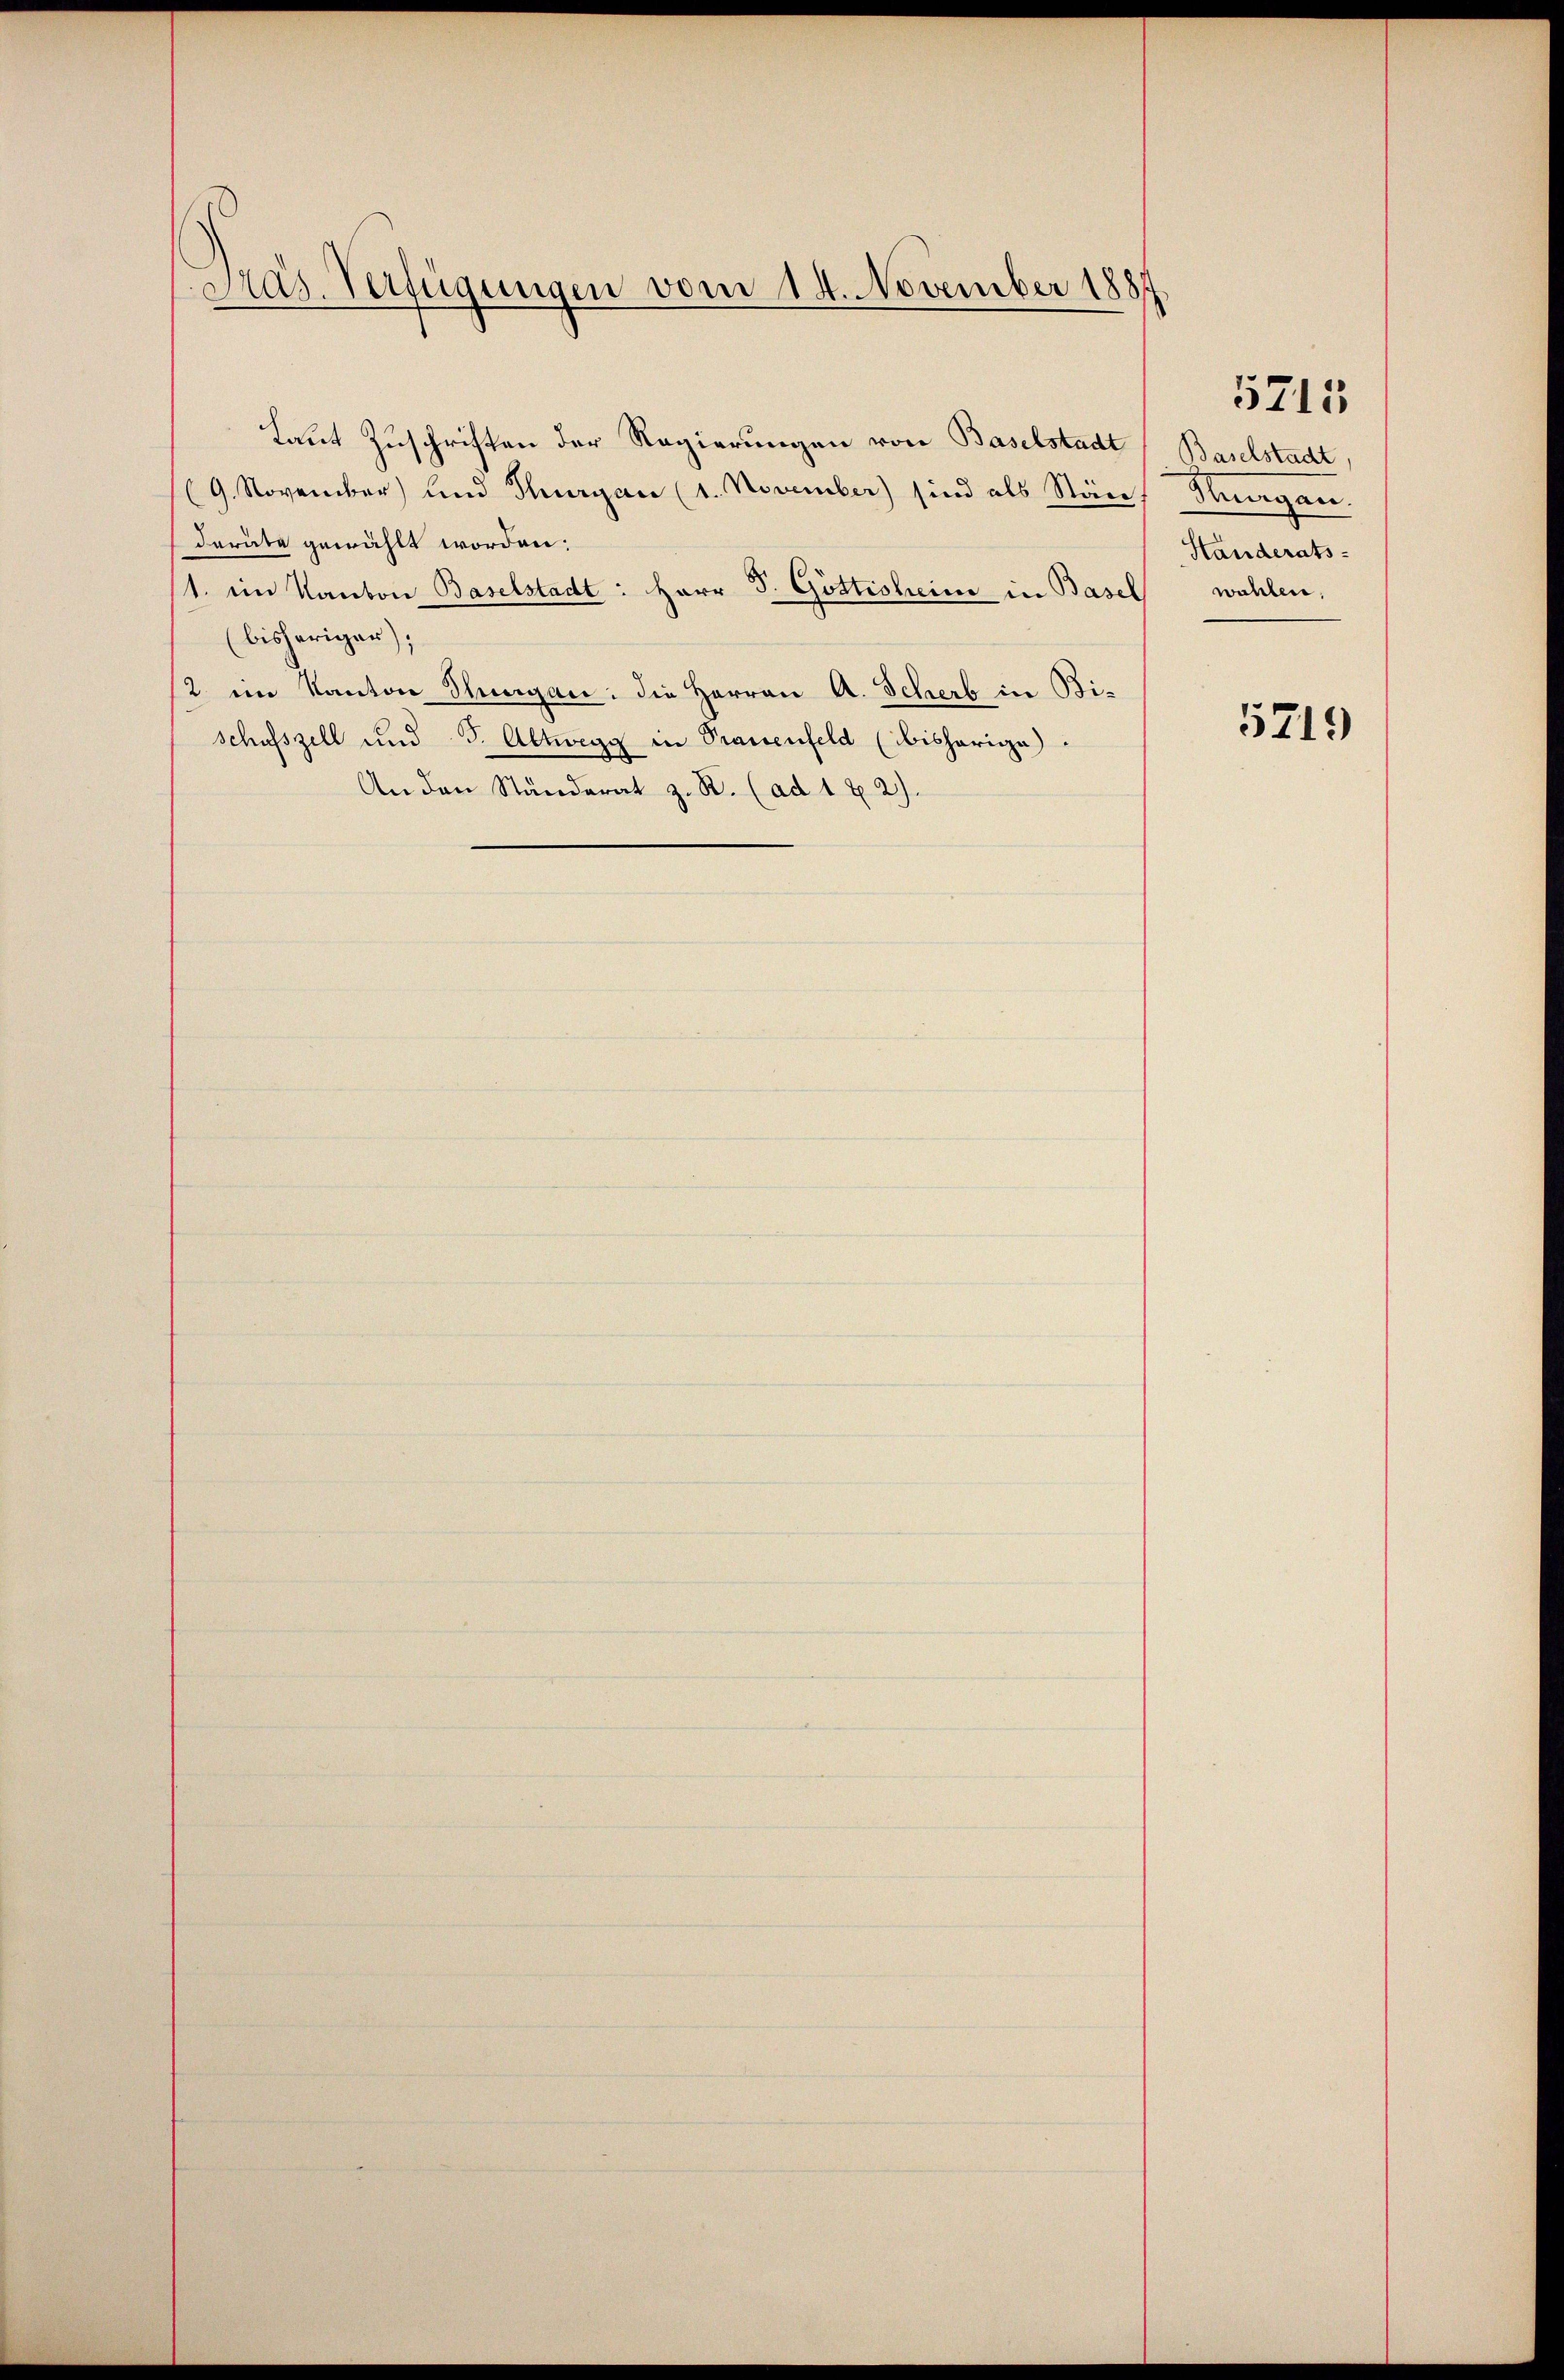
Tras. Verfügungen vom 14. November 188

Laut Zuschriften der Regierungen von Baselstadt
(9. November) und Thurgau (1. November) sind als Stän
deräte gewählt worden:
1. ein Kanton Baselstadt: Herr P. Göttisheim in Basel
(bisheriger),
2 im Kanton Thurgau: die Herren A. Scherb in Bi-
schusszell und S. Altwegg in Prauenfeld (bisherige
An den Ständerat z. R. (ad 1 x 2).

Baselstadt
dlungen
Landerats.
wahlen.

5713

5719